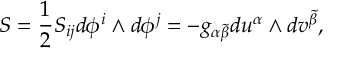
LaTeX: S = \frac { 1 } { 2 } S _ { i j } d \phi ^ { i } \wedge d \phi ^ { j } = - g _ { \alpha \tilde { \beta } } d u ^ { \alpha } \wedge d v ^ { \tilde { \beta } } ,